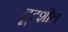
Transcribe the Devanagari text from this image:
टूटशील